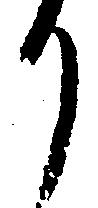
り